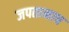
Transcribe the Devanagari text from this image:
जपतानाच